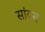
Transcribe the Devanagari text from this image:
सांयस